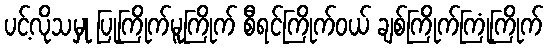
ပင့်လိုသမှု ပြုကြိုက်မူကြိုက် စီရင်ကြိုက်ဝယ် ချစ်ကြိုက်ကြုံကြိုက်